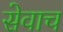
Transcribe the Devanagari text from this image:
सेवाच